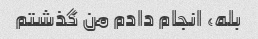
بله، انجام دادم من گذشتم